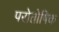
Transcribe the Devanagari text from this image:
परोतोषिक